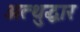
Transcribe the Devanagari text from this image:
अत्थुद्धार